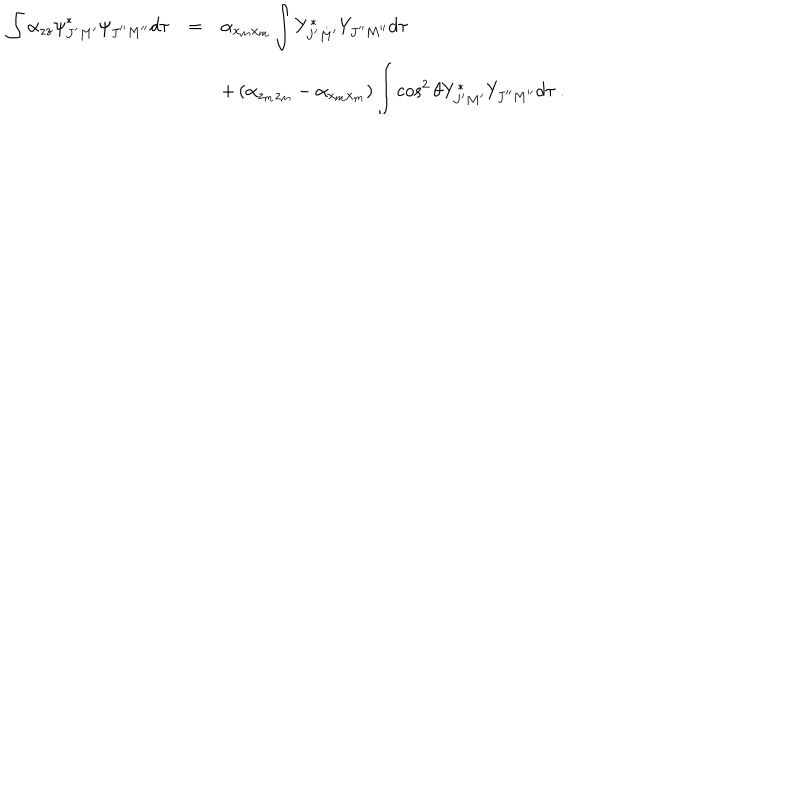
LaTeX: \begin{array} { r c l } { { \displaystyle \int \alpha _ { z z } { \psi } _ { J ^ { \prime } M ^ { \prime } } ^ { \ast } { \psi } _ { J ^ { \prime \prime } M ^ { \prime \prime } } d \tau } } & { { = } } & { { \alpha _ { x _ { m } x _ { m } } \displaystyle \int Y _ { J ^ { \prime } M ^ { \prime } } ^ { \ast } Y _ { J ^ { \prime \prime } M ^ { \prime \prime } } d \tau } } \\ { { } } & { { } } & { { + \left( \alpha _ { z _ { m } z _ { m } } - \alpha _ { x _ { m } x _ { m } } \right) \displaystyle \int \cos ^ { 2 } \theta Y _ { J ^ { \prime } M ^ { \prime } } ^ { \ast } Y _ { J ^ { \prime \prime } M ^ { \prime \prime } } d \tau ~ . } } \\ \end{array}